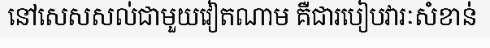
នៅសេសសល់ជាមួយវៀតណាម គឺជារបៀបវារៈសំខាន់